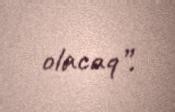
olacaq”.